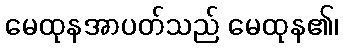
မေထုနအာပတ်သည် မေထုန၏၊